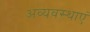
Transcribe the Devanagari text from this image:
अव्यवस्थाएं